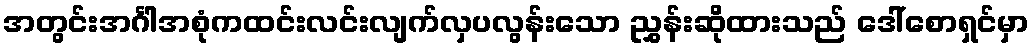
အတွင်းအင်္ဂါအစုံကထင်းလင်းလျက်လှပလွန်းသော ညွှန်းဆိုထားသည် ဒေါ်စောရှင်မှာ